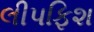
લીપફિશ